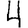
Digit: 4